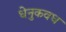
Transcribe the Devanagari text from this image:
धेनुकवध